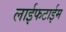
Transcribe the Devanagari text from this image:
लाईफटाईम